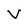
Character: V